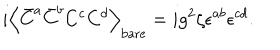
i \left< \bar { C } ^ { a } \bar { C } ^ { b } C ^ { c } C ^ { d } \right> _ { \mathrm { b a r e } } = i g ^ { 2 } \zeta \epsilon ^ { a b } \epsilon ^ { c d } .